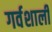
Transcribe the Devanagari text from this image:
गर्वशाली